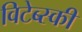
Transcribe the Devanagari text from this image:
विटेब्स्की